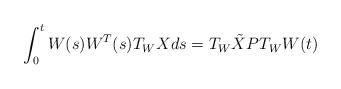
LaTeX: \begin{align*}\int_{0}^{t}W(s)W^T(s)T_WXds=T_W\tilde{X}PT_WW(t)\end{align*}